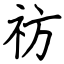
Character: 祊